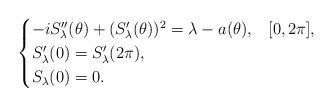
LaTeX: \begin{align*}\begin{cases} -i S_\lambda''(\theta)+(S_\lambda'(\theta))^2=\lambda-a(\theta),&[0,2\pi],\\S_\lambda'(0)= S_\lambda'(2\pi),\\S_\lambda(0)=0.\end{cases}\end{align*}